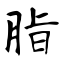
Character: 脂